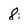
Character: 8